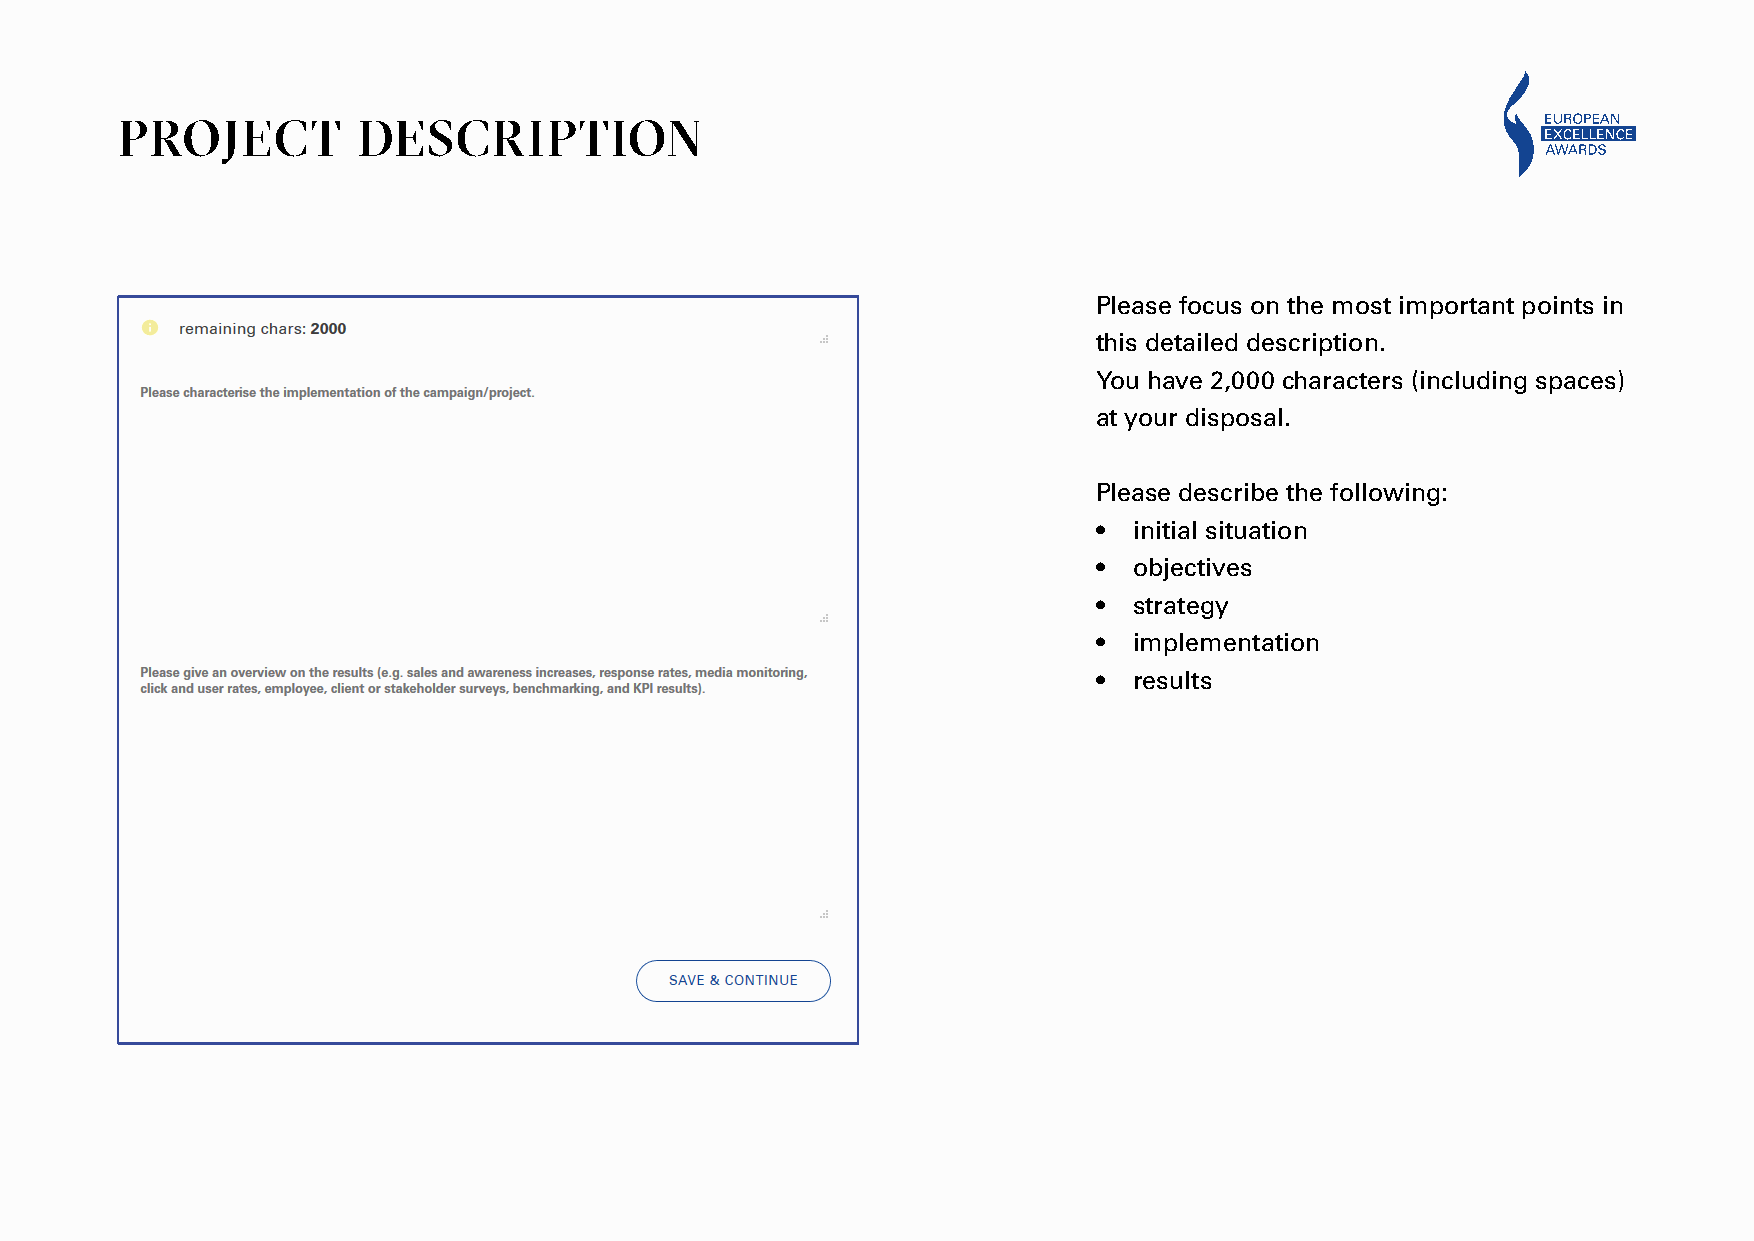
PROJECT         DESCRIPTION
 Please focus on the most important points in
 this detailed description.
 You have 2,000 characters (including spaces)
 at your disposal.
 Please describe the following:
 • initial situation
 • objectives
 • strategy
 • implementation
 • results